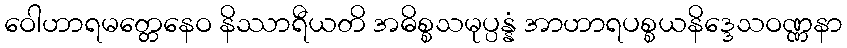
ဝေါဟာရမတ္တေနေဝ နိဿာရီယတိ အဓိစ္စသမုပ္ပန္နံ အာဟာရပစ္စယနိဒ္ဒေသဝဏ္ဏနာ